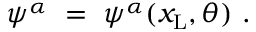
\psi ^ { \alpha } \ = \ \psi ^ { \alpha } ( x _ { \mathrm { L } } , \theta ) \ .